Alma_Vaarman, lk 26
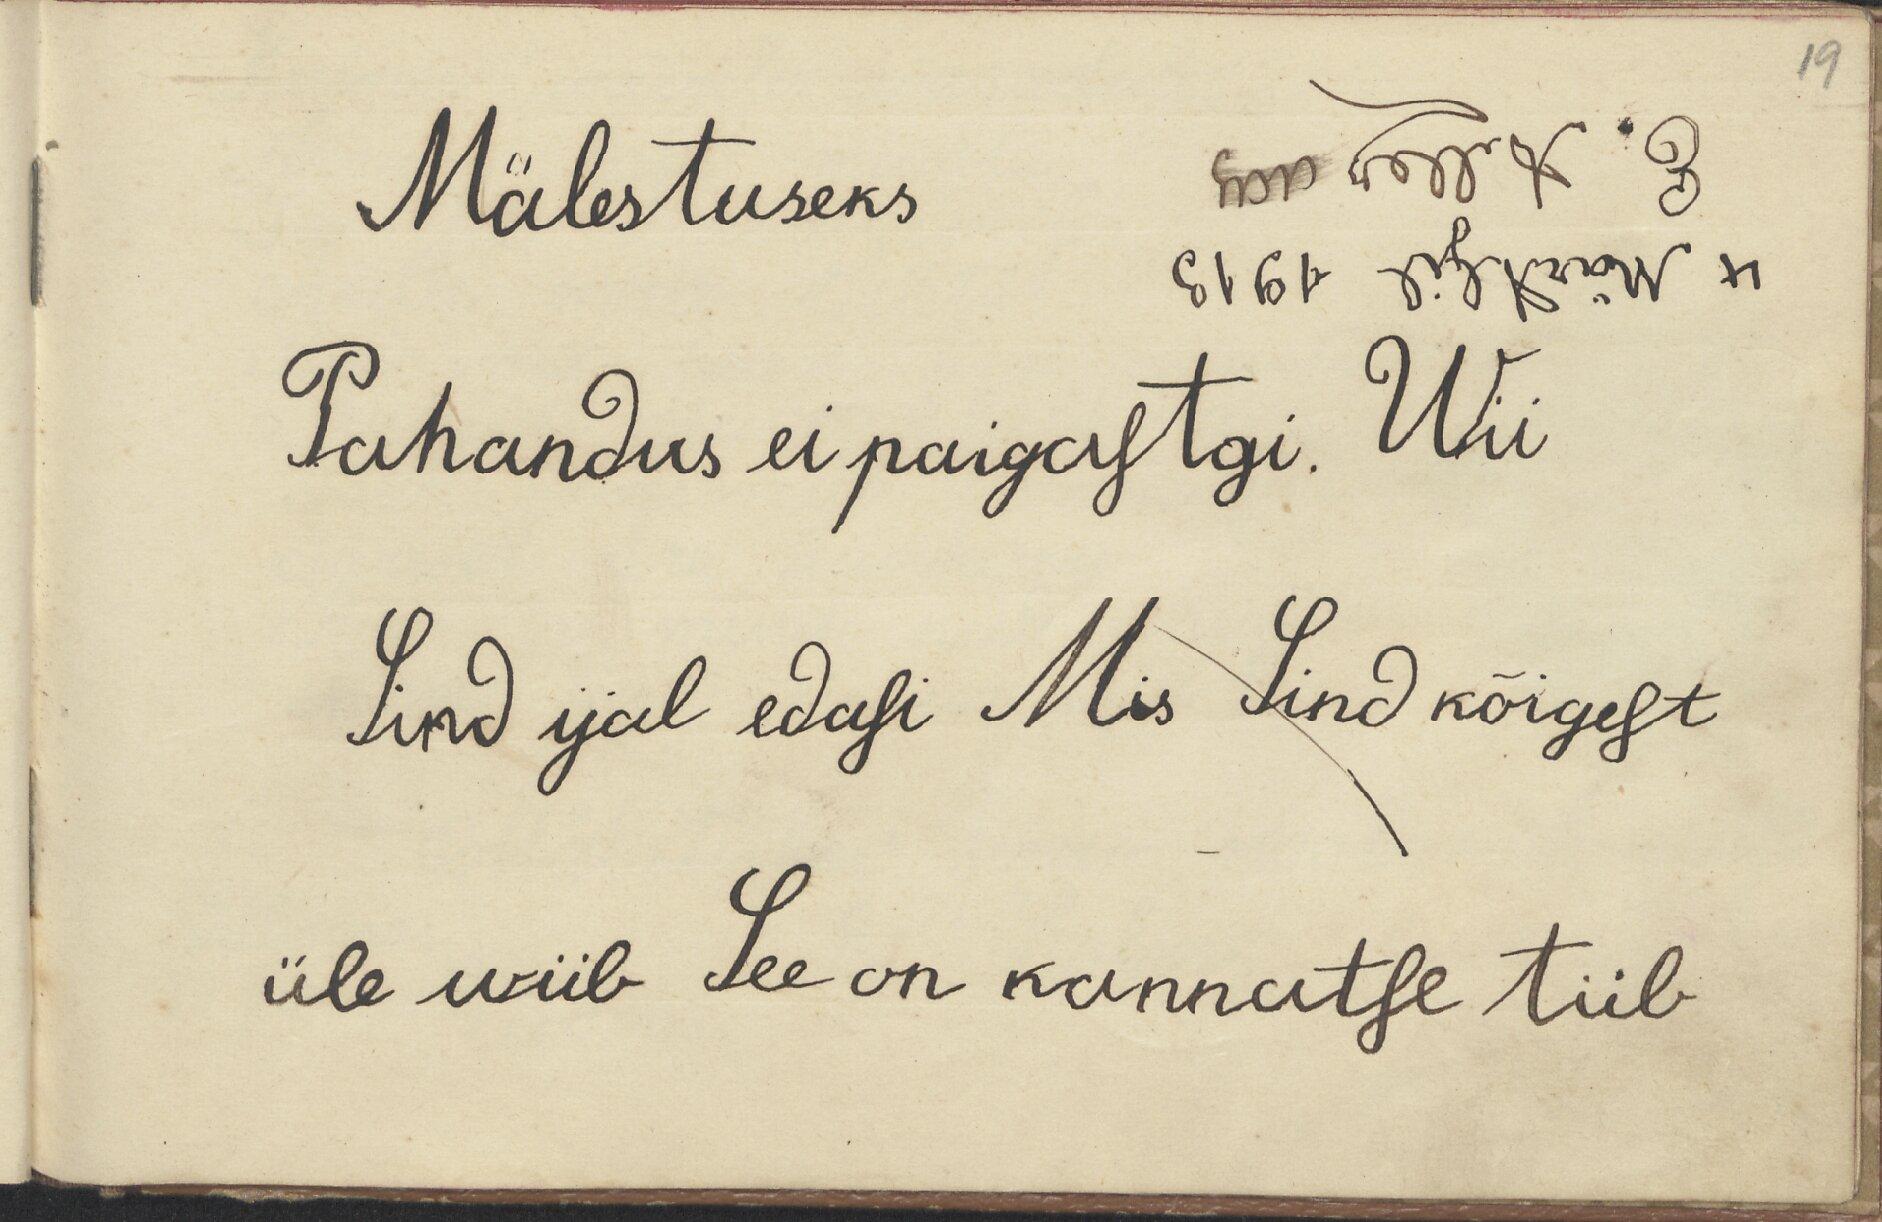
19
Mälestuseks
E. Alley
4 Märtsil 1913
Pahandus ei paigastgi. Wii
Sind ijal edasi Mis Sind kõigest
üle wiib See on kannatse tiib